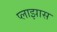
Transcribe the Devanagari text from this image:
प्लाझास